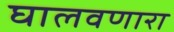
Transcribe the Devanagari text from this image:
घालवणारा